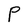
Character: P